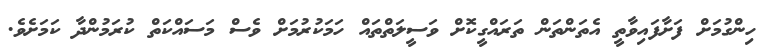
ހިންގުމަށް ފަށާފައިވާތީ އެތަންތަން ތަރައްގީކޮށް ވަސީލަތްތައް ހަމަކުރުމަށް ވެސް މަސައްކަތް ކުރަމުންދާ ކަމަށެވެ.